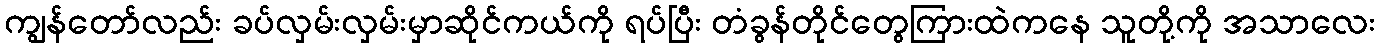
ကျွန်တော်လည်း ခပ်လှမ်းလှမ်းမှာဆိုင်ကယ်ကို ရပ်ပြီး တံခွန်တိုင်တွေကြားထဲကနေ သူတို့ကို အသာလေး